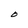
Character: O